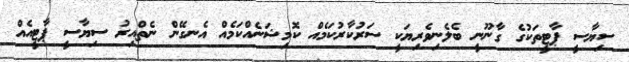
ސިޔާސީ ޕާޓީތަކުގެ ގާނޫނީ ބެލެނިވެރިޔަކީ ސަރުކާރުކަމެއް ކޮމިޝަނެއްކަމެއް އެނގޭން ނެތްއިރު ސިޔާސީ ޕާޓީއެއް